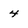
Character: 4